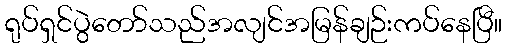
ရုပ်ရှင်ပွဲတော်သည်အလျင်အမြန်ချဉ်းကပ်နေပြီ။